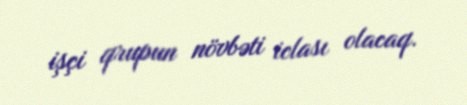
işçi qrupun növbəti iclası olacaq.